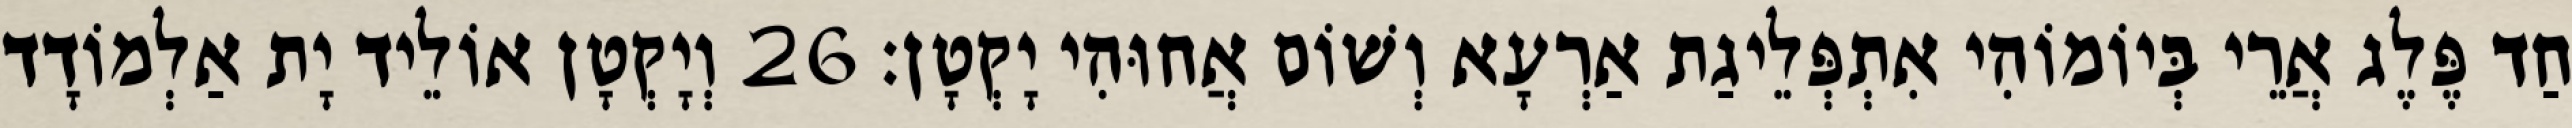
חַד פֶּלֶג אֲרֵי בְּיוֹמוֹהִי אִתְפְּלֵיגַת אַרְעָא וְשׁוֹם אֲחוּהִי יָקְטָן׃ 26 וְיָקְטָן אוֹלֵיד יָת אַלְמוֹדָד